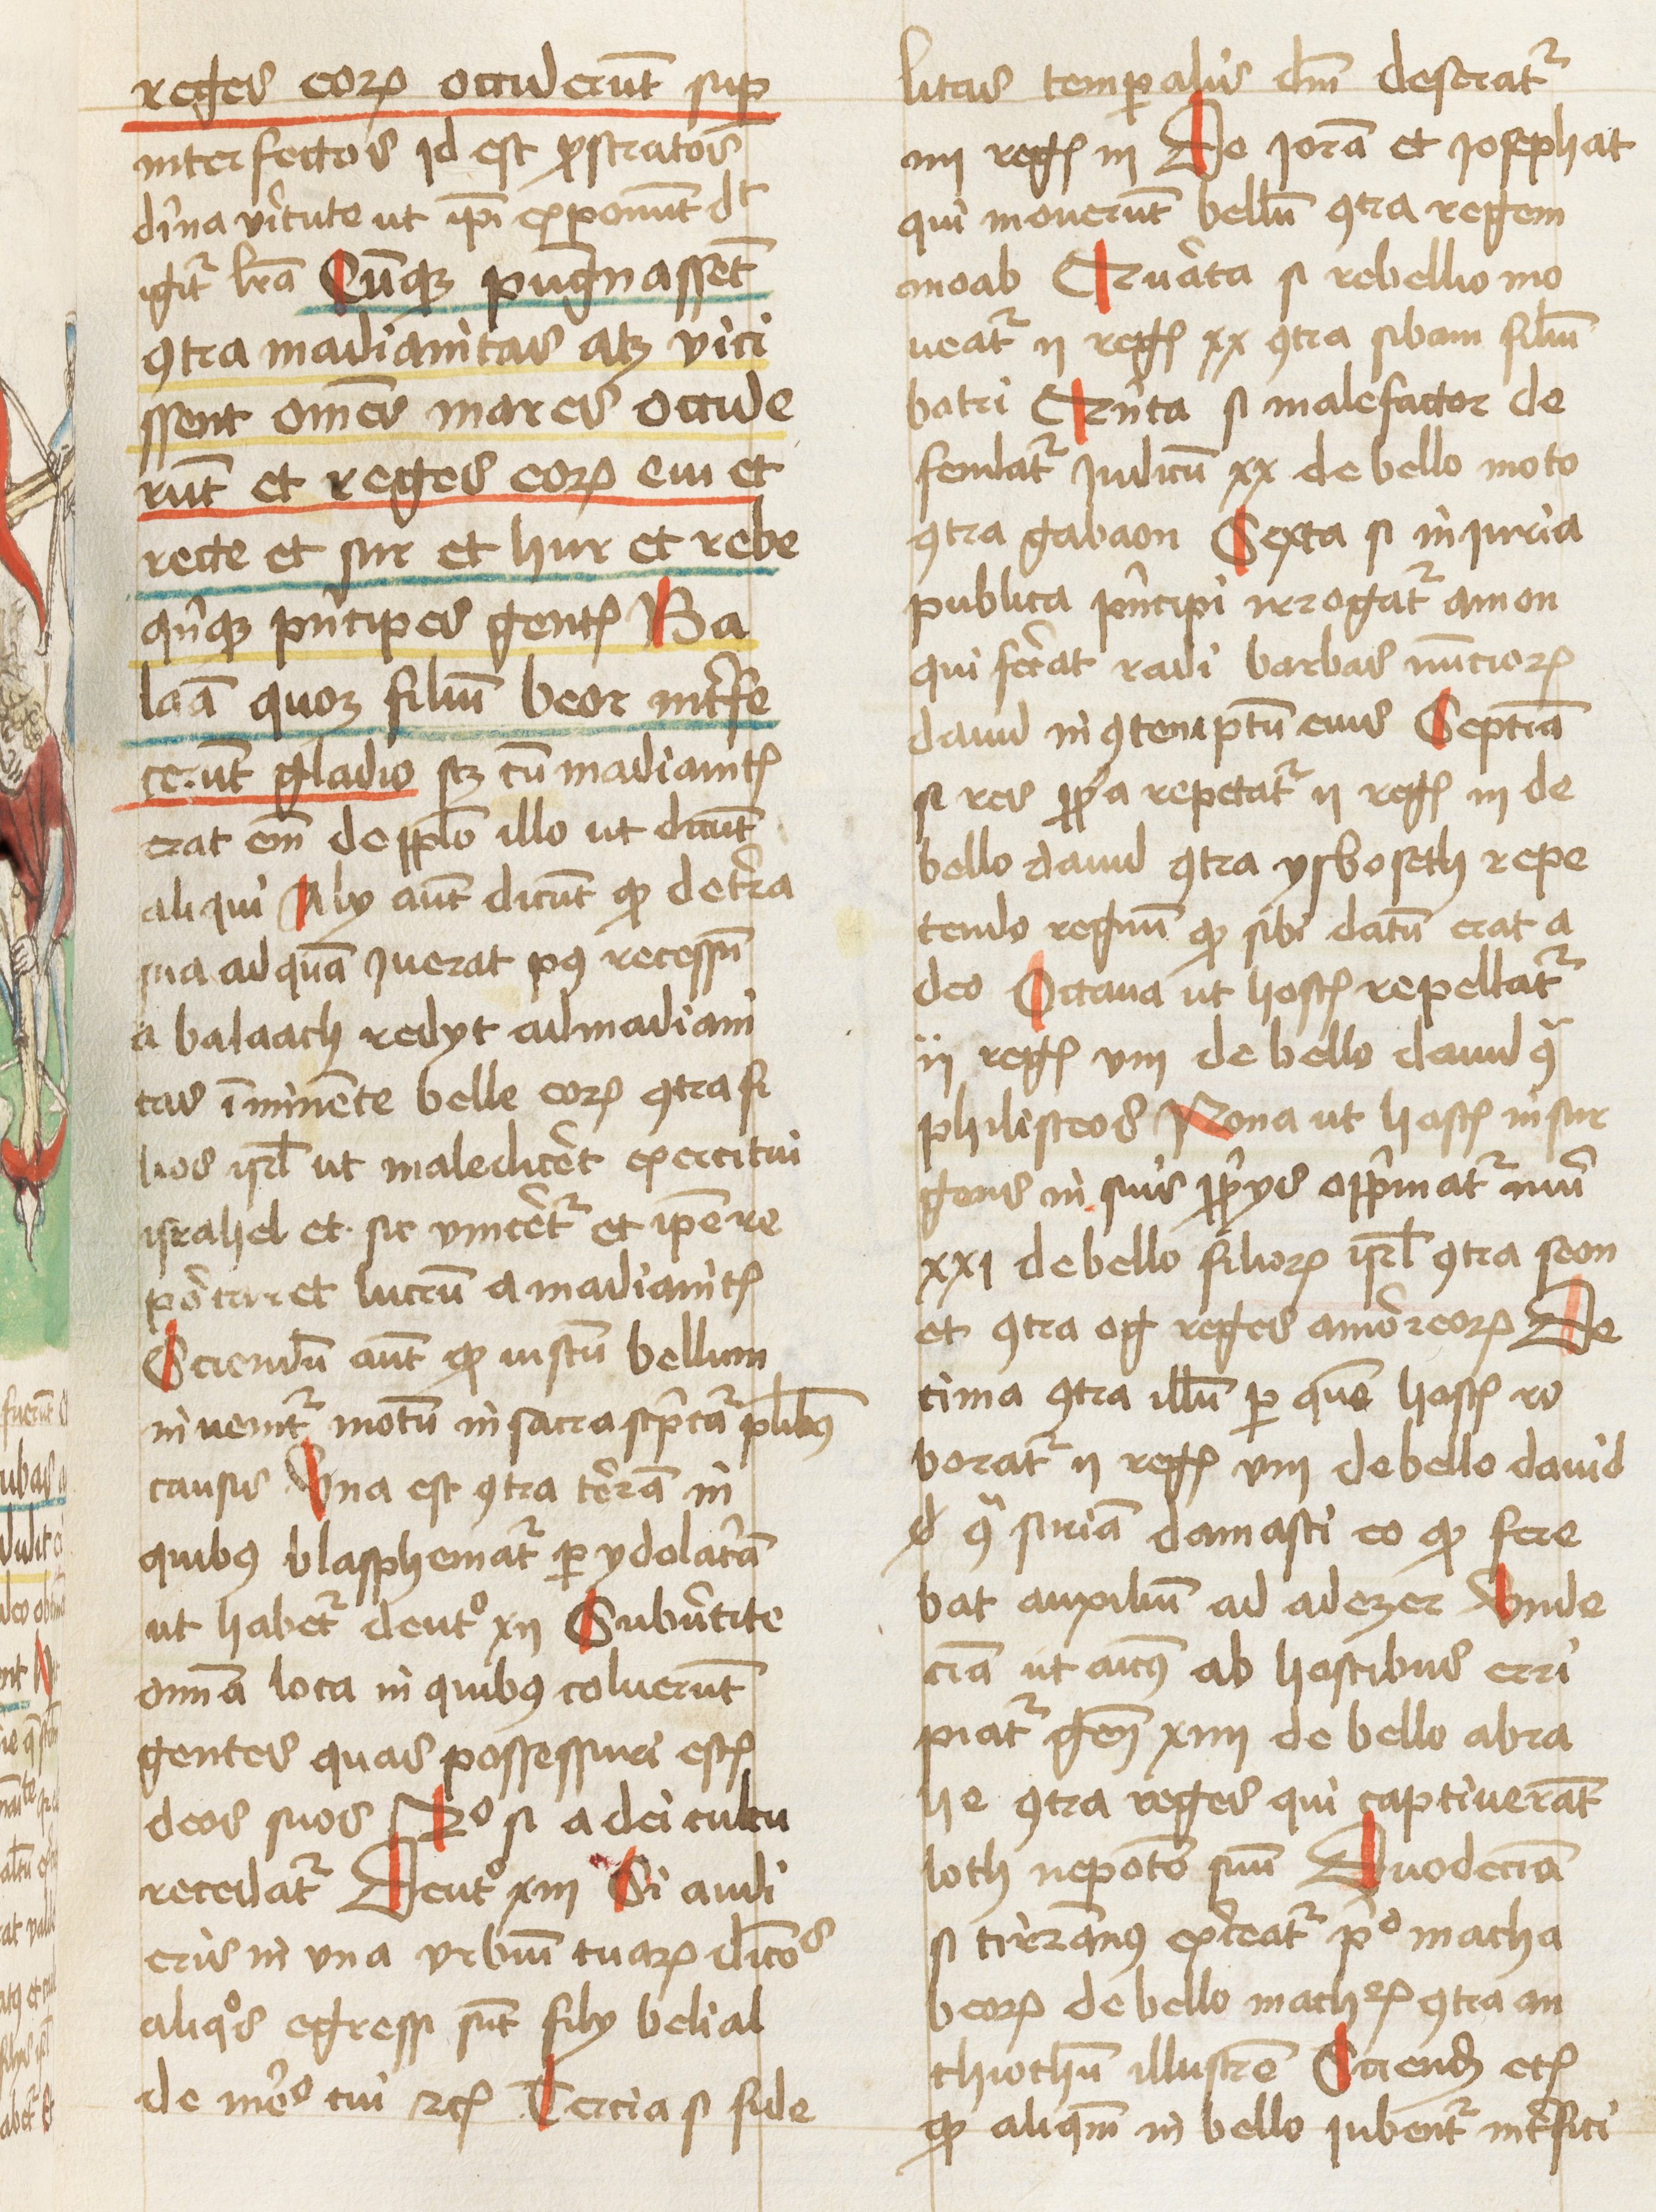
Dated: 1460–1461